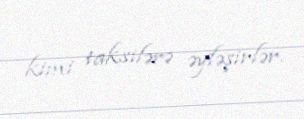
kimi taksilərə əyləşirlər.